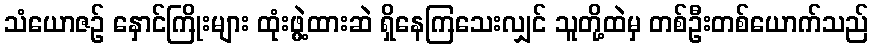
သံယောဇဉ် နှောင်ကြိုးများ ထုံးဖွဲ့ထားဆဲ ရှိနေကြသေးလျှင် သူတို့ထဲမှ တစ်ဦးတစ်ယောက်သည်